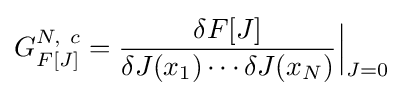
G_{F[J]}^{N,~c}={\frac {\delta F[J]}{\delta J(x_{1})\cdots \delta J(x_{N})}}{\Big |}_{J=0}